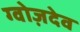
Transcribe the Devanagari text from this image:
ग्वोज़देव